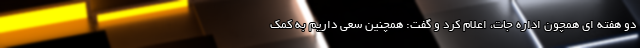
دو هفته ای همچون اداره جات، اعلام کرد و گفت: همچنین سعی داریم به کمک